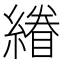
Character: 𮈿